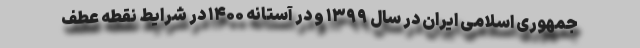
جمهوری اسلامی ایران در سال ۱۳۹۹ و در آستانه ۱۴۰۰ در شرایط نقطه عطف